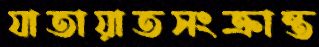
যাতায়াতসংক্রান্ত